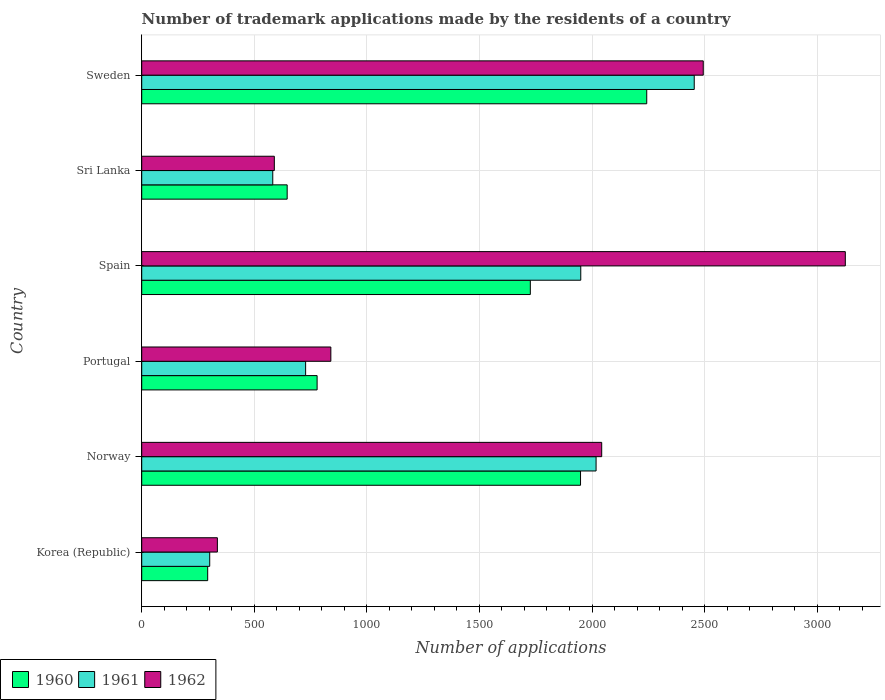
| Country | 1960 | 1961 | 1962 |
 | --- | --- | --- | --- |
 | Korea (Republic) | 293 | 302 | 336 |
 | Norway | 1.95e+03 | 2.02e+03 | 2.04e+03 |
 | Portugal | 779 | 728 | 840 |
 | Spain | 1.73e+03 | 1.95e+03 | 3.12e+03 |
 | Sri Lanka | 646 | 582 | 589 |
 | Sweden | 2.24e+03 | 2.45e+03 | 2.49e+03 |